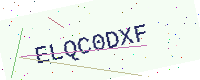
Text: ELQC0DXF